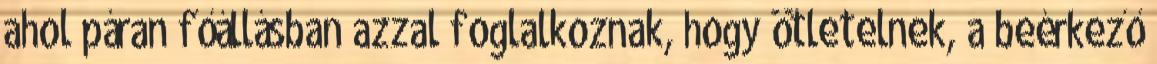
ahol páran főállásban azzal foglalkoznak, hogy ötletelnek, a beérkező